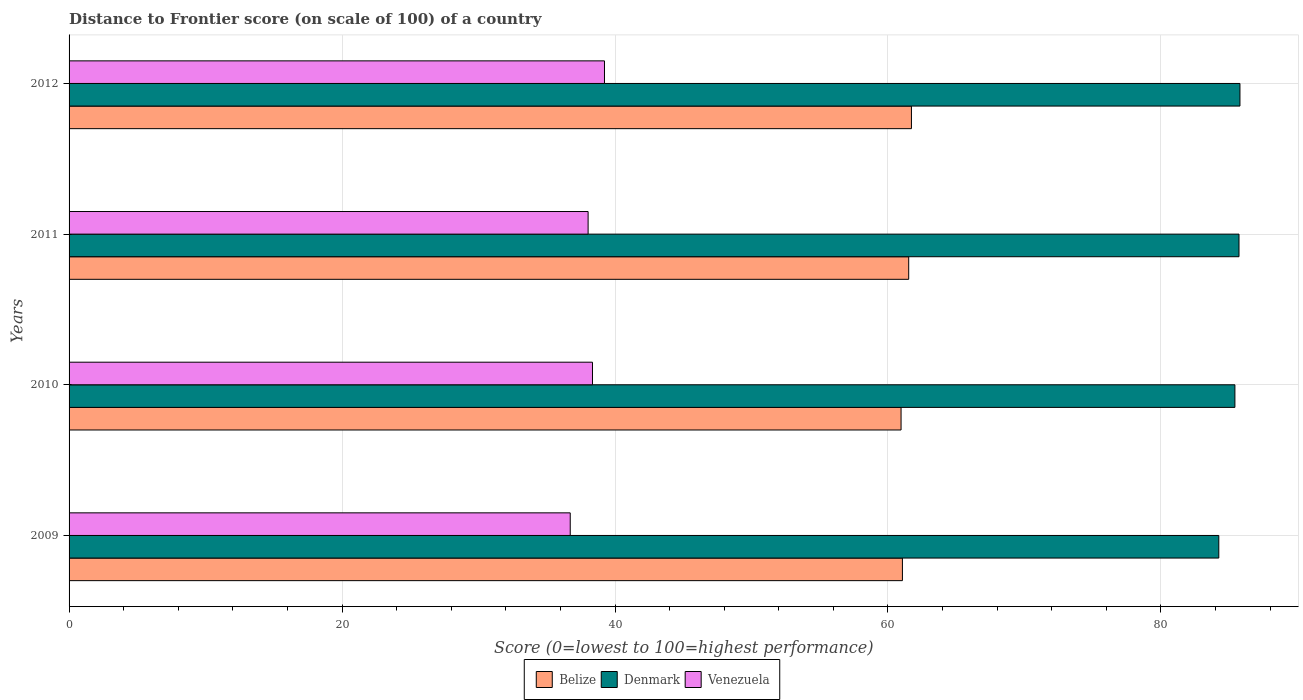
| Years | Belize | Denmark | Venezuela |
 | --- | --- | --- | --- |
 | 2009 | 61.1 | 84.2 | 36.7 |
 | 2010 | 61 | 85.4 | 38.4 |
 | 2011 | 61.5 | 85.7 | 38 |
 | 2012 | 61.7 | 85.8 | 39.2 |